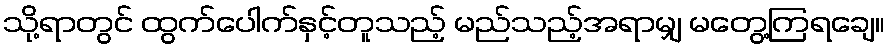
သို့ရာတွင် ထွက်ပေါက်နှင့်တူသည့် မည်သည့်အရာမျှ မတွေ့ကြရချေ။